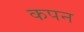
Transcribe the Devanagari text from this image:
कपन